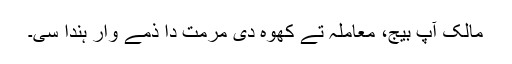
مالک آپ بیج، معاملہ تے کُھوہ دی مُرمت دا ذُمے وار ہُندا سی۔